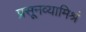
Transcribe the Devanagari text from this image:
प्रसूनव्यामिश्रं